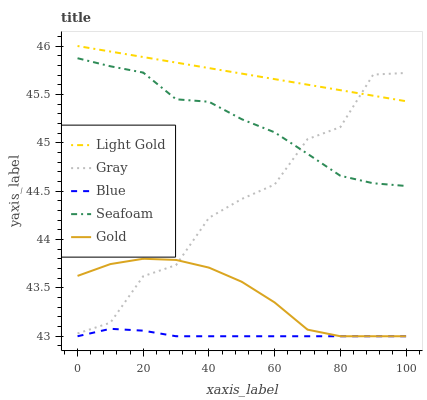
| xaxis_label | Light Gold | Gray | Blue | Seafoam | Gold |
 | --- | --- | --- | --- | --- | --- |
 | 0 | 46 | 43 | 43 | 45.9 | 43.6 |
 | 10 | 45.9 | 43.1 | 43.1 | 45.8 | 43.7 |
 | 20 | 45.9 | 43.6 | 43.1 | 45.7 | 43.8 |
 | 30 | 45.8 | 43.7 | 43 | 45.4 | 43.8 |
 | 40 | 45.8 | 44.2 | 43 | 45.4 | 43.7 |
 | 50 | 45.7 | 44.4 | 43 | 45.2 | 43.6 |
 | 60 | 45.7 | 44.6 | 43 | 45.1 | 43.3 |
 | 70 | 45.6 | 45 | 43 | 44.9 | 43.1 |
 | 80 | 45.5 | 45.2 | 43 | 44.7 | 43 |
 | 90 | 45.5 | 45.7 | 43 | 44.6 | 43 |
 | 100 | 45.4 | 45.7 | 43 | 44.6 | 43 |